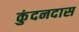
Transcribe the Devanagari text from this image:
कुंदनदास